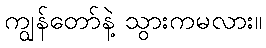
ကျွန်တော်နဲ့ သွားကမလား။